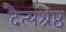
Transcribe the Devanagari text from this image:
दैत्यश्रेष्ठ